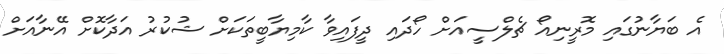
އެ ބަޔާނުގައި މޮރީނިއޯ ޗެލްސީއަށް ހޯދައި ދީފައިވާ ކާމިޔާބީތަކަށް ޝުކުރު އަދާކޮށް އޭނާއަށް